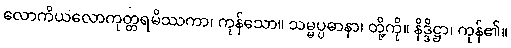
လောကိယလောကုတ္တရမိဿကာ၊ ကုန်သော။ သမ္မပ္ပဓာနာ၊ တို့ကို။ နိဒ္ဒိဋ္ဌာ၊ ကုန်၏။